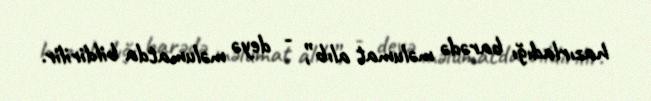
hazırladığı barədə məlumat alıb”, - deyə məlumatda bildirilir.